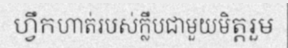
ហ្វឹកហាត់របស់ក្លឹបជាមួយមិត្តរួម